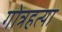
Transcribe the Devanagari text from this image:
गोत्रहत्या